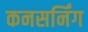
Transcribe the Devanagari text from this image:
कनसर्निंग